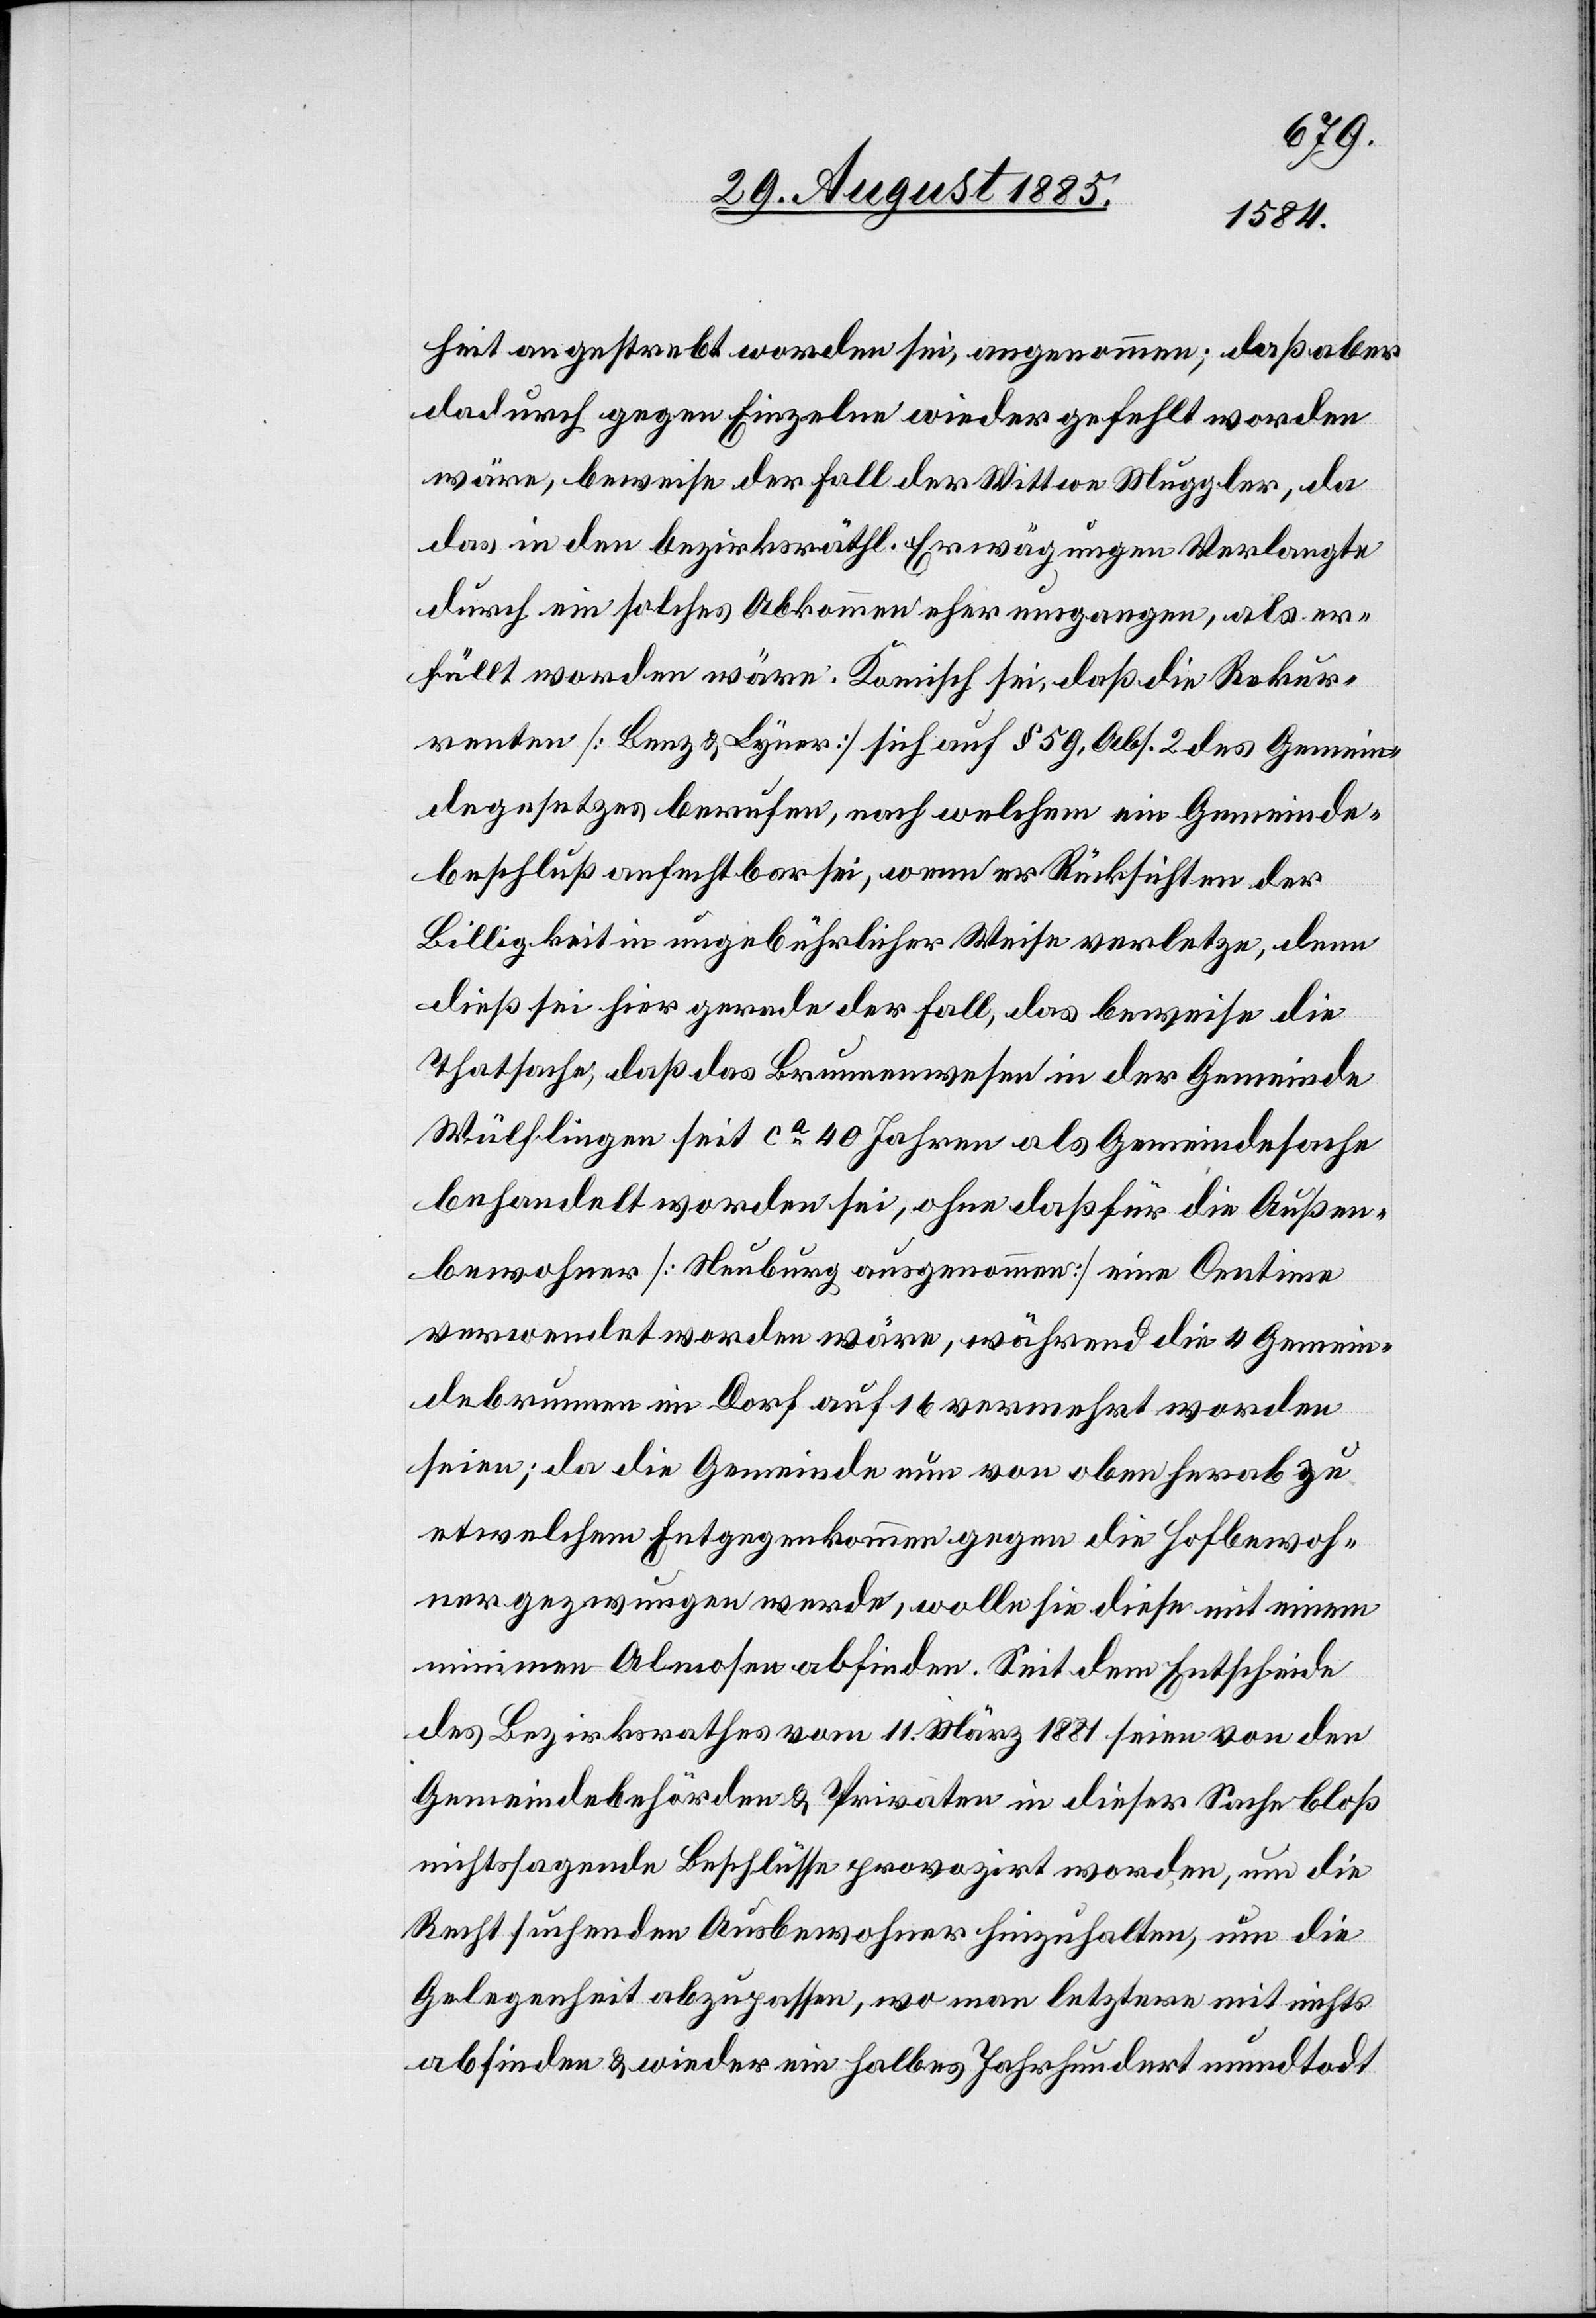
heit angestrebt worden sei, angenommen; daß aber
dadurch gegen Einzelne wieder gefehlt worden
wäre beweise der Fall der Wittwe Muggler, da
das in den bezirksräthl. Erwägungen Verlangte
durch ein solches Abkommen eher umgangen, als er¬
füllt worden wäre. Komisch sei, daß die Rekur¬
renten [Benz & Lyner] sich auf § 59, Abs. 2 des Gemein¬
degesetzes berufen, nach welchem ein Gemeinde¬
beschluß anfechtbar sei, wenn er Rücksichten der
Billigkeit in ungebührlicher Weise verletze, denn
dieß sei hier gerade der Fall, das beweise die
Thatsache, daß das Brunnenwesen in der Gemeinde
Wülflingen seit ca 40 Jahren als Gemeindesache
behandelt worden sei, ohne daß für die Außen¬
bewohner [Neuburg ausgenommen] eine Centime
verwendet worden wäre, während die 4 Gemein¬
debrunnen im Dorf auf 16 vermehrt worden
seien; da die Gemeinde nun von oben herab zu
etwelchem Entgegenkommen gegen die Hofbewoh¬
ner gezwungen werde, wolle sie diese mit einem
minimen Almosen abfinden. Seit dem Entscheide
des Bezirksrathes vom 11. März 1881 seien von den
Gemeindebehörden & Privaten in dieser Sache bloß
nichtssagende Beschlüsse provozirt worden, um die
Recht suchenden Ausbewohner hinzuhalten, um die
Gelegenheit abzupassen, wo man letztere mit nichts
abfinden & wieder ein halbes Jahrhundert mundtodt